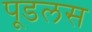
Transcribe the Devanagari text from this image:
पूडलस